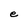
Character: e